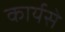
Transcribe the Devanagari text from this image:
कार्यसे